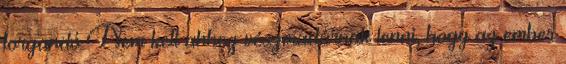
forgandó Nem kell ahhoz vészmadárnak lenni, hogy az ember